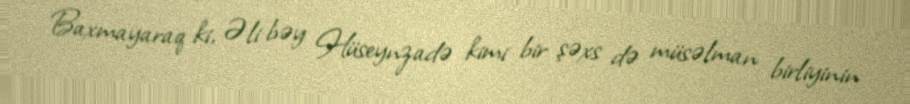
Baxmayaraq ki, Əli bəy Hüseynzadə kimi bir şəxs də müsəlman birliyinin